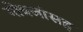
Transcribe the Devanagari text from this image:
गोत्रजांसह